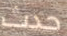
حدث